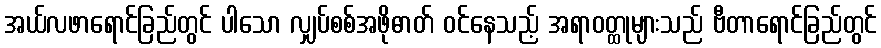
အယ်လဖာရောင်ခြည်တွင် ပါသော လျှပ်စစ်အဖိုဓာတ် ဝင်နေသည့် အရာဝတ္ထုများသည် ဗီတာရောင်ခြည်တွင်